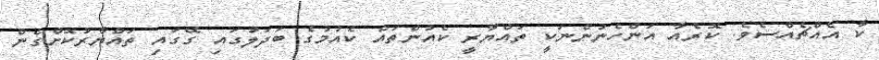
ކާ އެއްޗެއްސެވެ. ކޮރެއާ އަންހެނުންނަކީ ތައްޔާރީ ކެއުންތައް ކެއުމުގެ ބަދަލުގައި ގޭގައި ތައްޔާރުކޮށްގެން